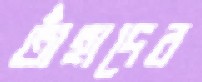
তাঁহাদের